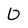
Character: 0